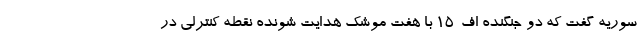
سوریه گفت که دو جنگنده اف-15 با هفت موشک هدایت شونده نقطه کنترلی در